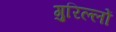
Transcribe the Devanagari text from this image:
गुरिल्लों